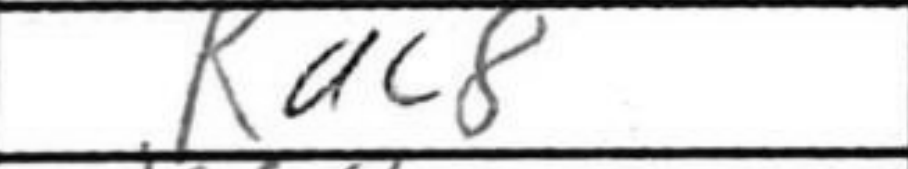
Transcription: Rac8